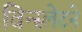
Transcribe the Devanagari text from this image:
विन्स्लेटने